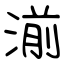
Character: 湔